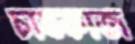
চাষকাজ